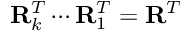
\mathbf { R } _ { k } ^ { T } \cdots \mathbf { R } _ { 1 } ^ { T } = \mathbf { R } ^ { T }